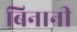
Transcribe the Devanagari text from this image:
बिनानी